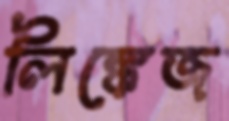
লিঙ্কেজ